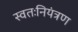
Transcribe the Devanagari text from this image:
स्वतःनियंत्रण